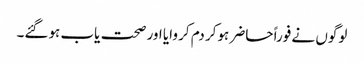
لوگوں نے فوراً حاضر ہوکر دم کر وایا اور صحت یاب ہوگئے۔